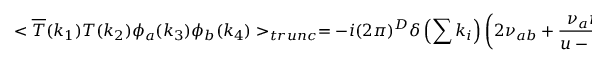
< \overline { { { T } } } ( k _ { 1 } ) T ( k _ { 2 } ) \phi _ { a } ( k _ { 3 } ) \phi _ { b } ( k _ { 4 } ) > _ { t r u n c } = - i ( 2 \pi ) ^ { D } \delta \left( \sum k _ { i } \right) \left( 2 \nu _ { a b } + \frac { \nu _ { a } \nu _ { b } } { u - m ^ { 2 } } + \frac { \nu _ { a } \nu _ { b } } { t - m ^ { 2 } } \right)